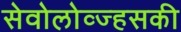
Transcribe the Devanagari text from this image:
सेवोलोव्ज्हसकी